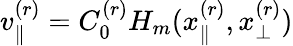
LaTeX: v_{\parallel}^{(r)}=C_{0}^{(r)}H_{m}(x_{\parallel}^{(r)},x_{\perp}^{(r)})